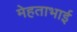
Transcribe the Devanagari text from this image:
मेहताभाई